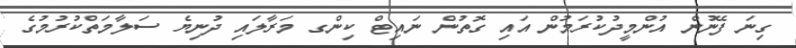
ގިނަ ފޭނުން އުންމީދުކުރަމުން އައި ގޮތުން ނައިޓް ކިންގ މަރާލައި ދުނިޔެ ސަލާމަތްކުރުމުގެ